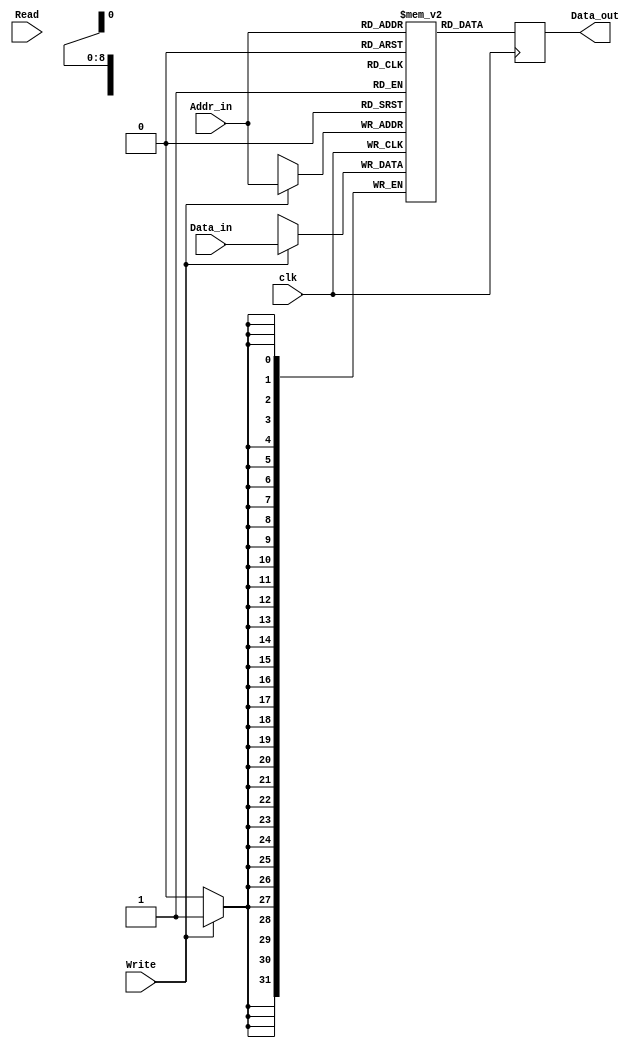
`timescale 1ns/10ps
module RAM (input clk, Read, Write, input [31:0] Data_in, input [8:0] Addr_in, output reg [31:0] Data_out);
reg [31:0] RAM1 [0:511];
initial begin
  // Phase 3
  RAM1[0] = 32'h08800002; // ldi R1, 2
  RAM1[1] = 32'h08080000; // ldi R0, 0(R1)
  RAM1[2] = 32'h01000068; // ld R2, $68
  RAM1[3] = 32'h0917FFFC; // ldi R2, -4(R2)
  RAM1[4] = 32'h00900001; // ld R1, 1(R2)
  RAM1[5] = 32'h09800069; // ldi R3, $69
  RAM1[6] = 32'h99980004; // brmi R3, 4
  RAM1[7] = 32'h09980002; // ldi R3, 2(R3)
  RAM1[8] = 32'h039FFFFD; // ld R7, -3(R3)
  RAM1[9] = 32'hD0000000; // nop
  RAM1[10]= 32'h9B900002; // brpl R7, 2
  RAM1[11]= 32'h09000005; // ldi R2, 5(R0)
  RAM1[12]= 32'h09880002; // ldi R3, 2(R1)
  RAM1[13]= 32'h19918000; // add R3, R2, R3 (Branch target)
  RAM1[14]= 32'h63B80002; // addi R7, R7, 2
  RAM1[15]= 32'h8BB80000; // neg R7, R7
  RAM1[16]= 32'h93B80000; // not R7, R7
  RAM1[17]= 32'h6BB8000F; // andi R7, R7, $0F
  RAM1[18]= 32'h50880000; // ror R1, R1, R0
  RAM1[19]= 32'h7388001C; // ori R7, R1, $1C
  RAM1[20]= 32'h43B80000; // shra R7, R7, R0
  RAM1[21]= 32'h39180000; // shr R2, R3, R0
  RAM1[22]= 32'h11000052; // st $52, R2
  RAM1[23]= 32'h59100000; // rol R2, R2, R0
  RAM1[24]= 32'h31180000; // or R2, R3, R0
  RAM1[25]= 32'h28908000; // and R1, R2, R1
  RAM1[26]= 32'h11880060; // st $60(R1), R3
  RAM1[27]= 32'h21918000; // sub R3, R2, R3
  RAM1[28]= 32'h48900000; // shl R1, R2, R0
  RAM1[29]= 32'h0A000006; // ldi R4, 6
  RAM1[30]= 32'h0A800032; // ldi R5, $32
  RAM1[31]= 32'h7AA00000; // mul R5, R4
  RAM1[32]= 32'hC3800000; // mfhi R7
  RAM1[33]= 32'hCB000000; // mflo R6
  RAM1[34]= 32'h82A00000; // div R5, R4
  RAM1[35]= 32'h0C27FFFF; // ldi R8, -1(R4)
  RAM1[36]= 32'h0CAFFFED; // ldi R9, -19(R5)
  RAM1[37]= 32'h0D300000; // ldi R10, 0(R6)
  RAM1[38]= 32'h0DB80000; // ldi R11, 0(R7)
  RAM1[39]= 32'hAD000000; // jal R10
  
  RAM1[40]= 32'hB2000000; // in R4
  RAM1[41]= 32'h12000095; // st $95, R4
  RAM1[42]= 32'h0880002D; // ldi R1, $2D
  RAM1[43]= 32'h0B800001; // ldi R7, 1
  RAM1[44]= 32'h0A800028; // ldi R5, 40
  RAM1[45]= 32'hBA000000; // out R4
  RAM1[46]= 32'h0AAFFFFF; // ldi R5, -1(R5)
  RAM1[47]= 32'h9A800008; // brzr R5, 8
  RAM1[48]= 32'h030000F0; // ld R6, $F0
  RAM1[49]= 32'h0B37FFFF; // ldi R6, -1(R6)
  RAM1[50]= 32'hD0000000; // nop
  RAM1[51]= 32'h9B0FFFFD; // brnz R6, -3
  RAM1[52]= 32'h3A238000; // shr R4, R4, R7
  RAM1[53]= 32'h9A0FFFF7; // brnz R4, -9
  RAM1[54]= 32'h02000095; // ld R4, $95
  RAM1[55]= 32'hA0800000; // jr R1
  
  RAM1[56]= 32'h0A0000A5; // ldi R4, $A5
  RAM1[57]= 32'hBA000000; // out R4
  RAM1[58]= 32'hD8000000; // halt
  
  RAM1[82]= 32'h00000026; // $26 (location $52)
  RAM1[104]=32'h00000055; // $55 (location $68)
  RAM1[240]=32'h0000FFFF; // $FFFF (location $F0)
  
  RAM1[300]=32'h1EC50000; // add R13, R8, R10 (location $12C)
  RAM1[301]=32'h264D8000; // sub R12, R9, R11
  RAM1[302]=32'h26EE0000; // sub R13, R13, R12
  RAM1[303]=32'hA7800000; // jr R15
end
always @(posedge clk) begin
  if(Write == 1) begin
    RAM1[Addr_in] <= Data_in;
  end
  Data_out <= RAM1[Addr_in];
end
endmodule
    // Phase 2 (All Instructions in One Demo)
    // RAM1[0] = 32'h00800075; // ld R1, $75
    // RAM1[1] = 32'h00080045; // ld R0, $45(R1)
    // RAM1[2] = 32'h08800075; // ldi R1, $75
    // RAM1[3] = 32'h08080045; // ldi R0, $45(R1)
    // RAM1[4] = 32'h0A000067; // ldi R4, $67
    // RAM1[5] = 32'h12000090; // st $90, R4
    // RAM1[6] = 32'h12200090; // st $90(R4), R4
    // RAM1[7] = 32'h09800015; // ldi R3, 21
    // RAM1[8] = 32'h611FFFFD; // addi R2, R3, -3
    // RAM1[9] = 32'h69180025; // andi R2, R3, $25
    // RAM1[10]= 32'h71180025; // ori R2, R3, $25
    // RAM1[11]= 32'h0B000014; // ldi R6, 20
    // RAM1[12]= 32'h9B000019; // brzr R6, 25
    // RAM1[13]= 32'h9B080019; // brnz R6, 25
    // RAM1[14]= 32'h9B100019; // brpl R6, 25
    // RAM1[15]= 32'h9B180019; // brmi R6, 25
    // RAM1[16]= 32'h79A00000; // mul R3, R4
    // RAM1[17]= 32'hC2000000; // mfhi R4
    // RAM1[18]= 32'hCB000000; // mflo R6
    // RAM1[19]= 32'hB9000000; // out R2
    // RAM1[20]= 32'hB1800000; // in R3
    // RAM1[21]= 32'h0900001C; // ldi R2, 28
    // RAM1[22]= 32'hA9000000; // jal R2
    // RAM1[39]= 32'h0900000F; // ldi R2, 14
    // RAM1[40]= 32'h0B000000; // ldi R6, 0
    // RAM1[41]= 32'hA1000000; // jr R2
    // RAM1[28]= 32'hD8000000; // halt
    // RAM1[106]=32'h00000029; // Sample Number
    // RAM1[117]=32'h00000025; // Sample Number